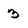
Character: 3